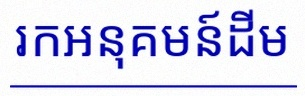
រកអនុគមន៍ដើម